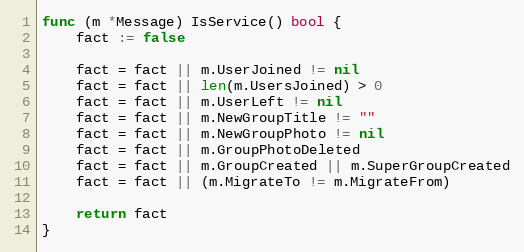
Language: Go
func (m *Message) IsService() bool {
	fact := false

	fact = fact || m.UserJoined != nil
	fact = fact || len(m.UsersJoined) > 0
	fact = fact || m.UserLeft != nil
	fact = fact || m.NewGroupTitle != ""
	fact = fact || m.NewGroupPhoto != nil
	fact = fact || m.GroupPhotoDeleted
	fact = fact || m.GroupCreated || m.SuperGroupCreated
	fact = fact || (m.MigrateTo != m.MigrateFrom)

	return fact
}